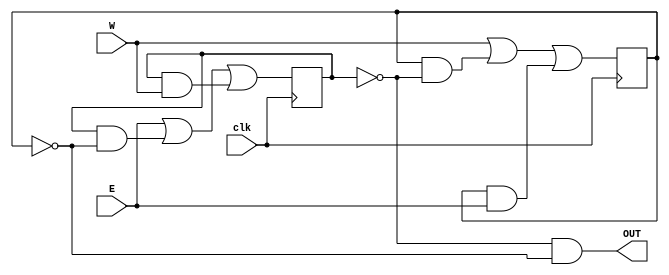
`timescale 1ns/1ns
module  prob6_behavoiral  (OUT,E,W,clk);
  output    OUT;
  input     E,W,clk;
  
  reg       A,B;
  wire      tempA,tempB;
  
  assign  OUT = ~A & ~B;
  
  assign  tempA = E | A & ~B | A & W;
  assign  tempB = W | B & ~A | B & E;
  
  initial
    begin
      A <=  1'b0;
      B <=  1'b0;
    end
  
  always  @(posedge clk)
  begin
    A <= tempA;
    B <= tempB;
  end
  
endmodule